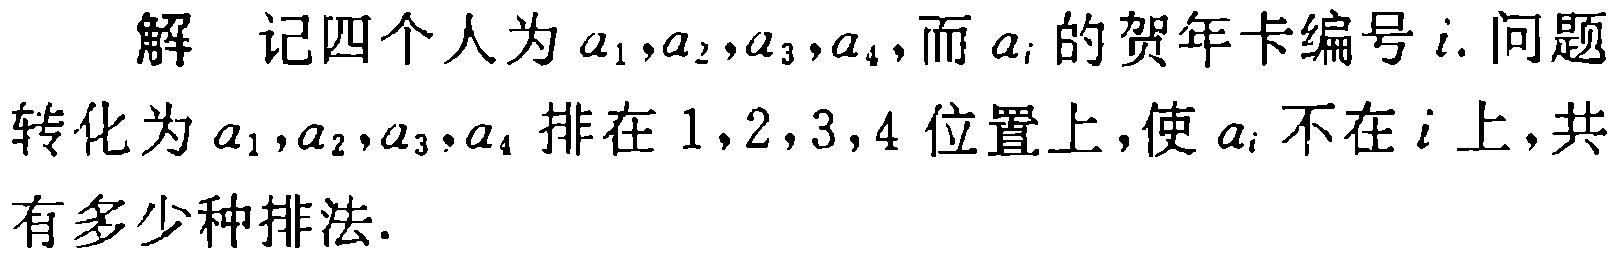
解 记四个人为\(a_{1},a_{2},a_{3},a_{4}\)，而\(a_{i}\)的贺年卡编号\(i\). 问题转化为\(a_{1},a_{2},a_{3},a_{4}\)排在\(1,2,3,4\)位置上，使\(a_{i}\)不在\(i\)上，共有多少种排法.